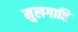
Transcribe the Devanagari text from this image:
मुलगाहि